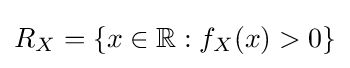
R_{X}=\{x\in \mathbb {R} :f_{X}(x)>0\}